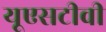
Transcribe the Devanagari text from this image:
यूएसटीवी